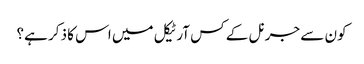
کون سے جرنل کے کس آرٹیکل میں اس کا ذکر ہے؟